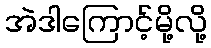
အဲဒါကြောင့်မို့လို့